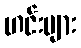
ဟင်းများ